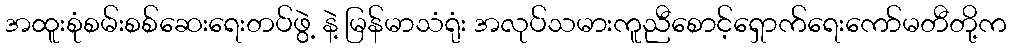
အထူးစုံစမ်းစစ်ဆေးရေးတပ်ဖွဲ့ နဲ့ မြန်မာသံရုံး အလုပ်သမားကူညီစောင့်ရှောက်ရေးကော်မတီတို့က